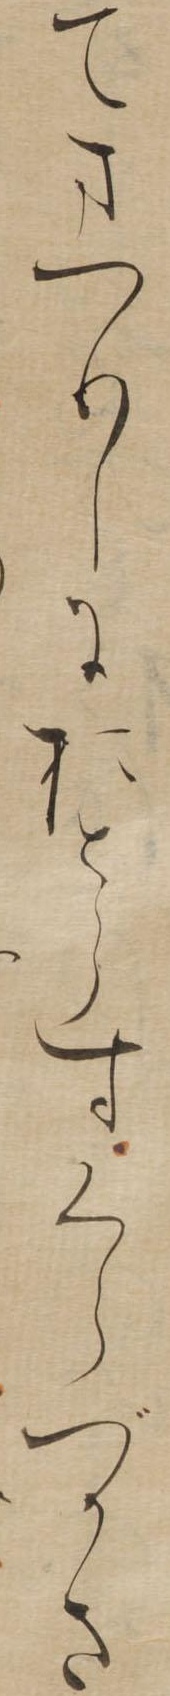
てまつりしにをとらすくらづかさ